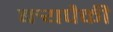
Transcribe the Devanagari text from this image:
बर्‍यपैकी